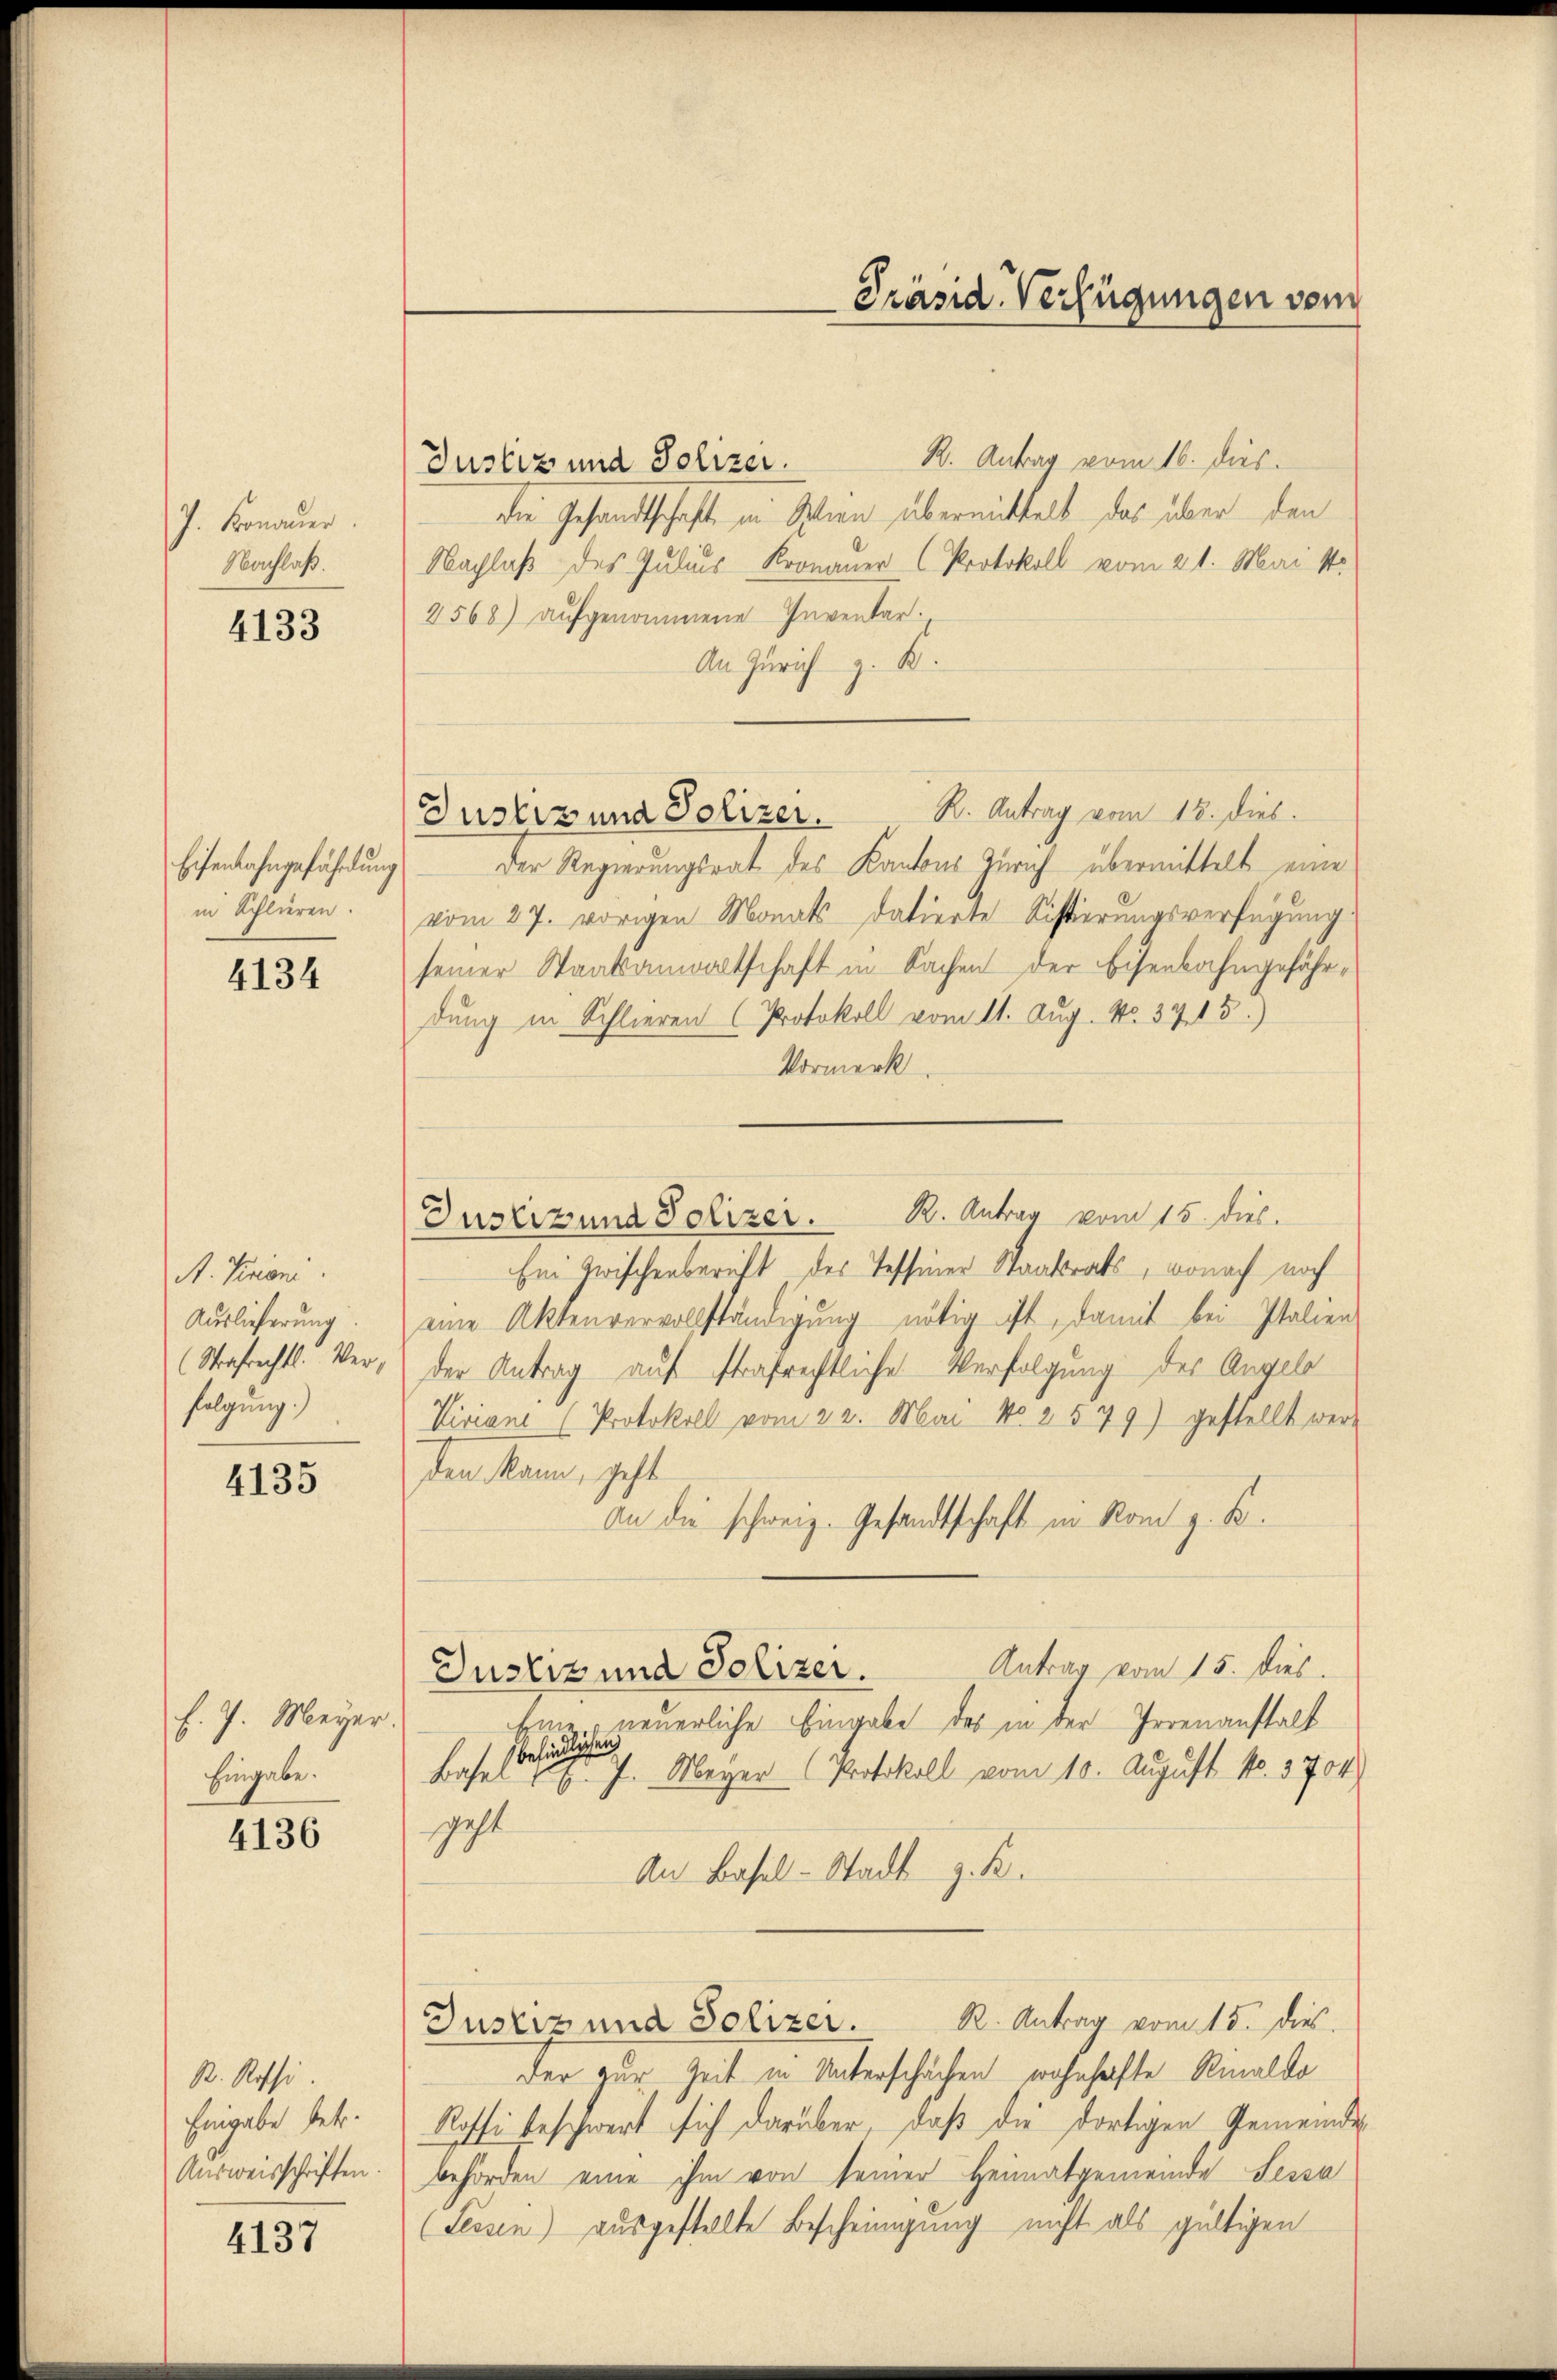
J. Kronauer.
Nachlaß.

4133

Eisenbahngefährdung
in Schlieren.

4134

A. Krone.
Auslieferung
(Strafrechts. Verfolgung.)

4135

f. J. Meyer.
Eingabe.

4136

R. Rossi.
Eingabe betr.
Ausweisschriften.

4137

R. Antrag vom 16. dies
Justiz und Polizei.
die Gesandtschaft in Stien übermittelt das über den
Nachlaß des Julius Kronauer (Protokoll vom 21. Mai 1
2568) aufgenommene Inventar.
An Zürich z. B.
Justiz und Polizer. K. Antrag vom 18. dies
Der Regierungsrat des Kantons Zürich übermittelt eine
vom 27. vorigen Monats datierte Sistierungsverfügung
seiner Staatsanwaltschaft in Sachen der Eisenbahngefährdung in Schlieren (Protokoll vom 11. Aug. No. 34 15)
Vormerk
Ein Zwischenbericht des Tessiner Staatsrats, wonach noch
eine Aktenvervollständigung nötig ist, damit bei Italien
der Antrag auf strafrechtliche Verfolgung des Angele
Viriane (Protokoll vom 22. Mai No 2. 579) gestellt werden Mann, geht
An die schweiz. Gesandtschaft in Rom z. B.
Antrag vom 15. dies
Justiz und Polizei.
Eine neuerliche Eingabe des in der Irrenanstalt
befindlichen
J. Meyer (Protokoll vom 10. August No. 3704
Basel
gest
An Basel-Stadt z. B.
Justiz und Polizer. R. Antrag vom 15. dies
der zur Zeit in Unterschächen wohnhafte Rinaldo
Rossi beschwert sich darüber, daß die dortigen Gemeinde
behörden eine ihm von seiner Heimatgemeinde Sessa
(Lessen) ausgestellte Bescheinigung nicht als gültigen

Präsid. Verfügungen vom

Justiz und Polizei. R. Antrag vom 15. dies.